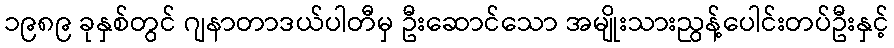
၁၉၈၉ ခုနှစ်တွင် ဂျနာတာဒယ်ပါတီမှ ဦးဆောင်သော အမျိုးသားညွန့်ပေါင်းတပ်ဦးနှင့်